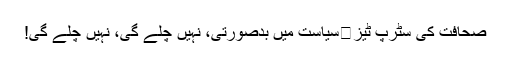
صحافت کی سٹرِپ ٹیز	سیاست میں بدصورتی، نہیں چلے گی، نہیں چلے گی!